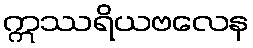
ဣဿရိယဗလေန